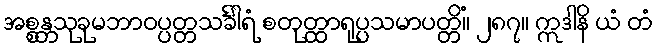
အစ္စန္တသုခုမဘာဝပ္ပတ္တသင်္ခါရံ စတုတ္ထာရုပ္ပသမာပတ္တိံ။ ၂၈၇။ ဣဒါနိ ယံ တံ